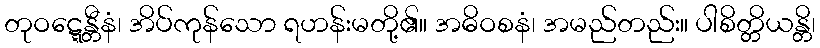
တုဝဋ္ဋေန္တီနံ၊ အိပ်ကုန်သော ရဟန်းမတို့၏။ အဓိဝစနံ၊ အမည်တည်း။ ပါစိတ္တိယန္တိ၊